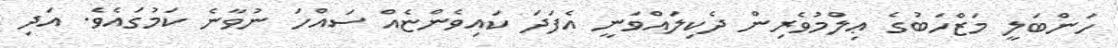
ހަންބަލީ މަޒްހަބުގެ ޢިލްމުވެރިން ދެކިލައްވަނީ އެފަދަ ކައިވެންޏެއް ސައްހަ ނުވާނެ ކަމުގައެވެ. އަދި